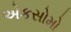
એકસોમો